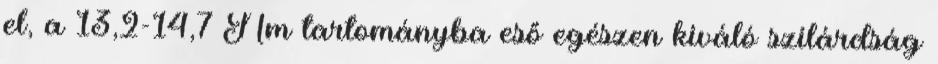
el, a 13,2-14,7 Nm tartományba eső egészen kiváló szilárdság